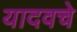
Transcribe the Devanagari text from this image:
यादवचे